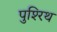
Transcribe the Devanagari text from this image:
पुश्‍रिथ